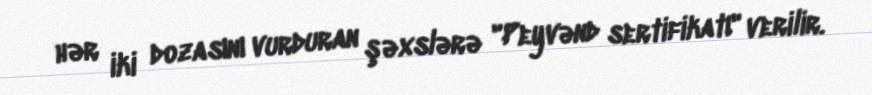
hər iki dozasını vurduran şəxslərə "Peyvənd sertifikatı" verilir.